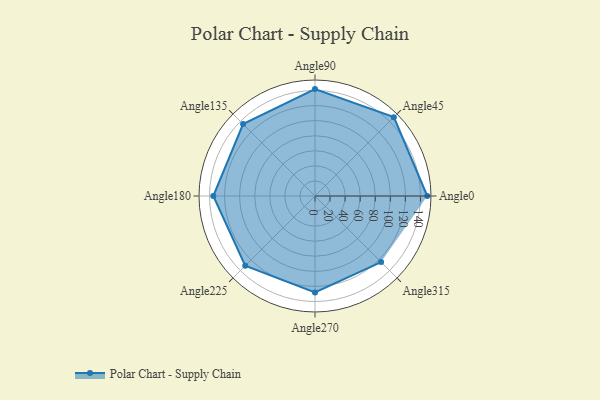
{"axis": {"x": "Angle", "y": "Radius"}, "legend": [""], "data": [{"x": "Angle0", "y": 149.0, "type": ""}, {"x": "Angle45", "y": 148.0, "type": ""}, {"x": "Angle90", "y": 142.0, "type": ""}, {"x": "Angle135", "y": 135.0, "type": ""}, {"x": "Angle180", "y": 135.0, "type": ""}, {"x": "Angle225", "y": 131.0, "type": ""}, {"x": "Angle270", "y": 128.0, "type": ""}, {"x": "Angle315", "y": 124.0, "type": ""}]}